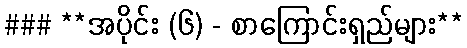
### **အပိုင်း (၆) - စာကြောင်းရှည်များ**